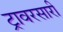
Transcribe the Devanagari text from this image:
ट्रावरसारी